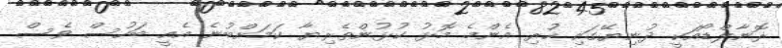
ރޮނާލްޑޯއަކީ ދުނިޔޭގައި ހުރި އެންމެ މޮޅު ކުޅުންތެރިޔާ ކަމަށްބުނެ އެއީ ބަހުސް ވެސް